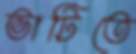
ভাটিতে